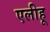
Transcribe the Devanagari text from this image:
एलीहू